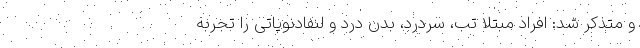
و متذکر شد: افراد مبتلا تب، سردرد، بدن درد و لنفادنوپاتی را تجربه